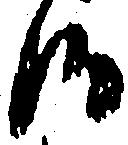
候